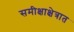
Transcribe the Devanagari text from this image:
समीक्षाक्षेत्रात